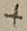
Text: +